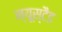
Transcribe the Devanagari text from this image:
न्यूस्टैड